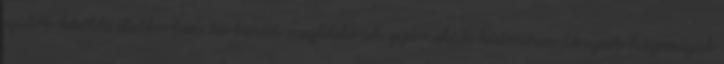
szülők későbbi életkorban tartanák megfelelőnek gyermekük különösen lányaik házasságát